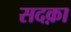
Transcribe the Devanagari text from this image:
सदक़ा